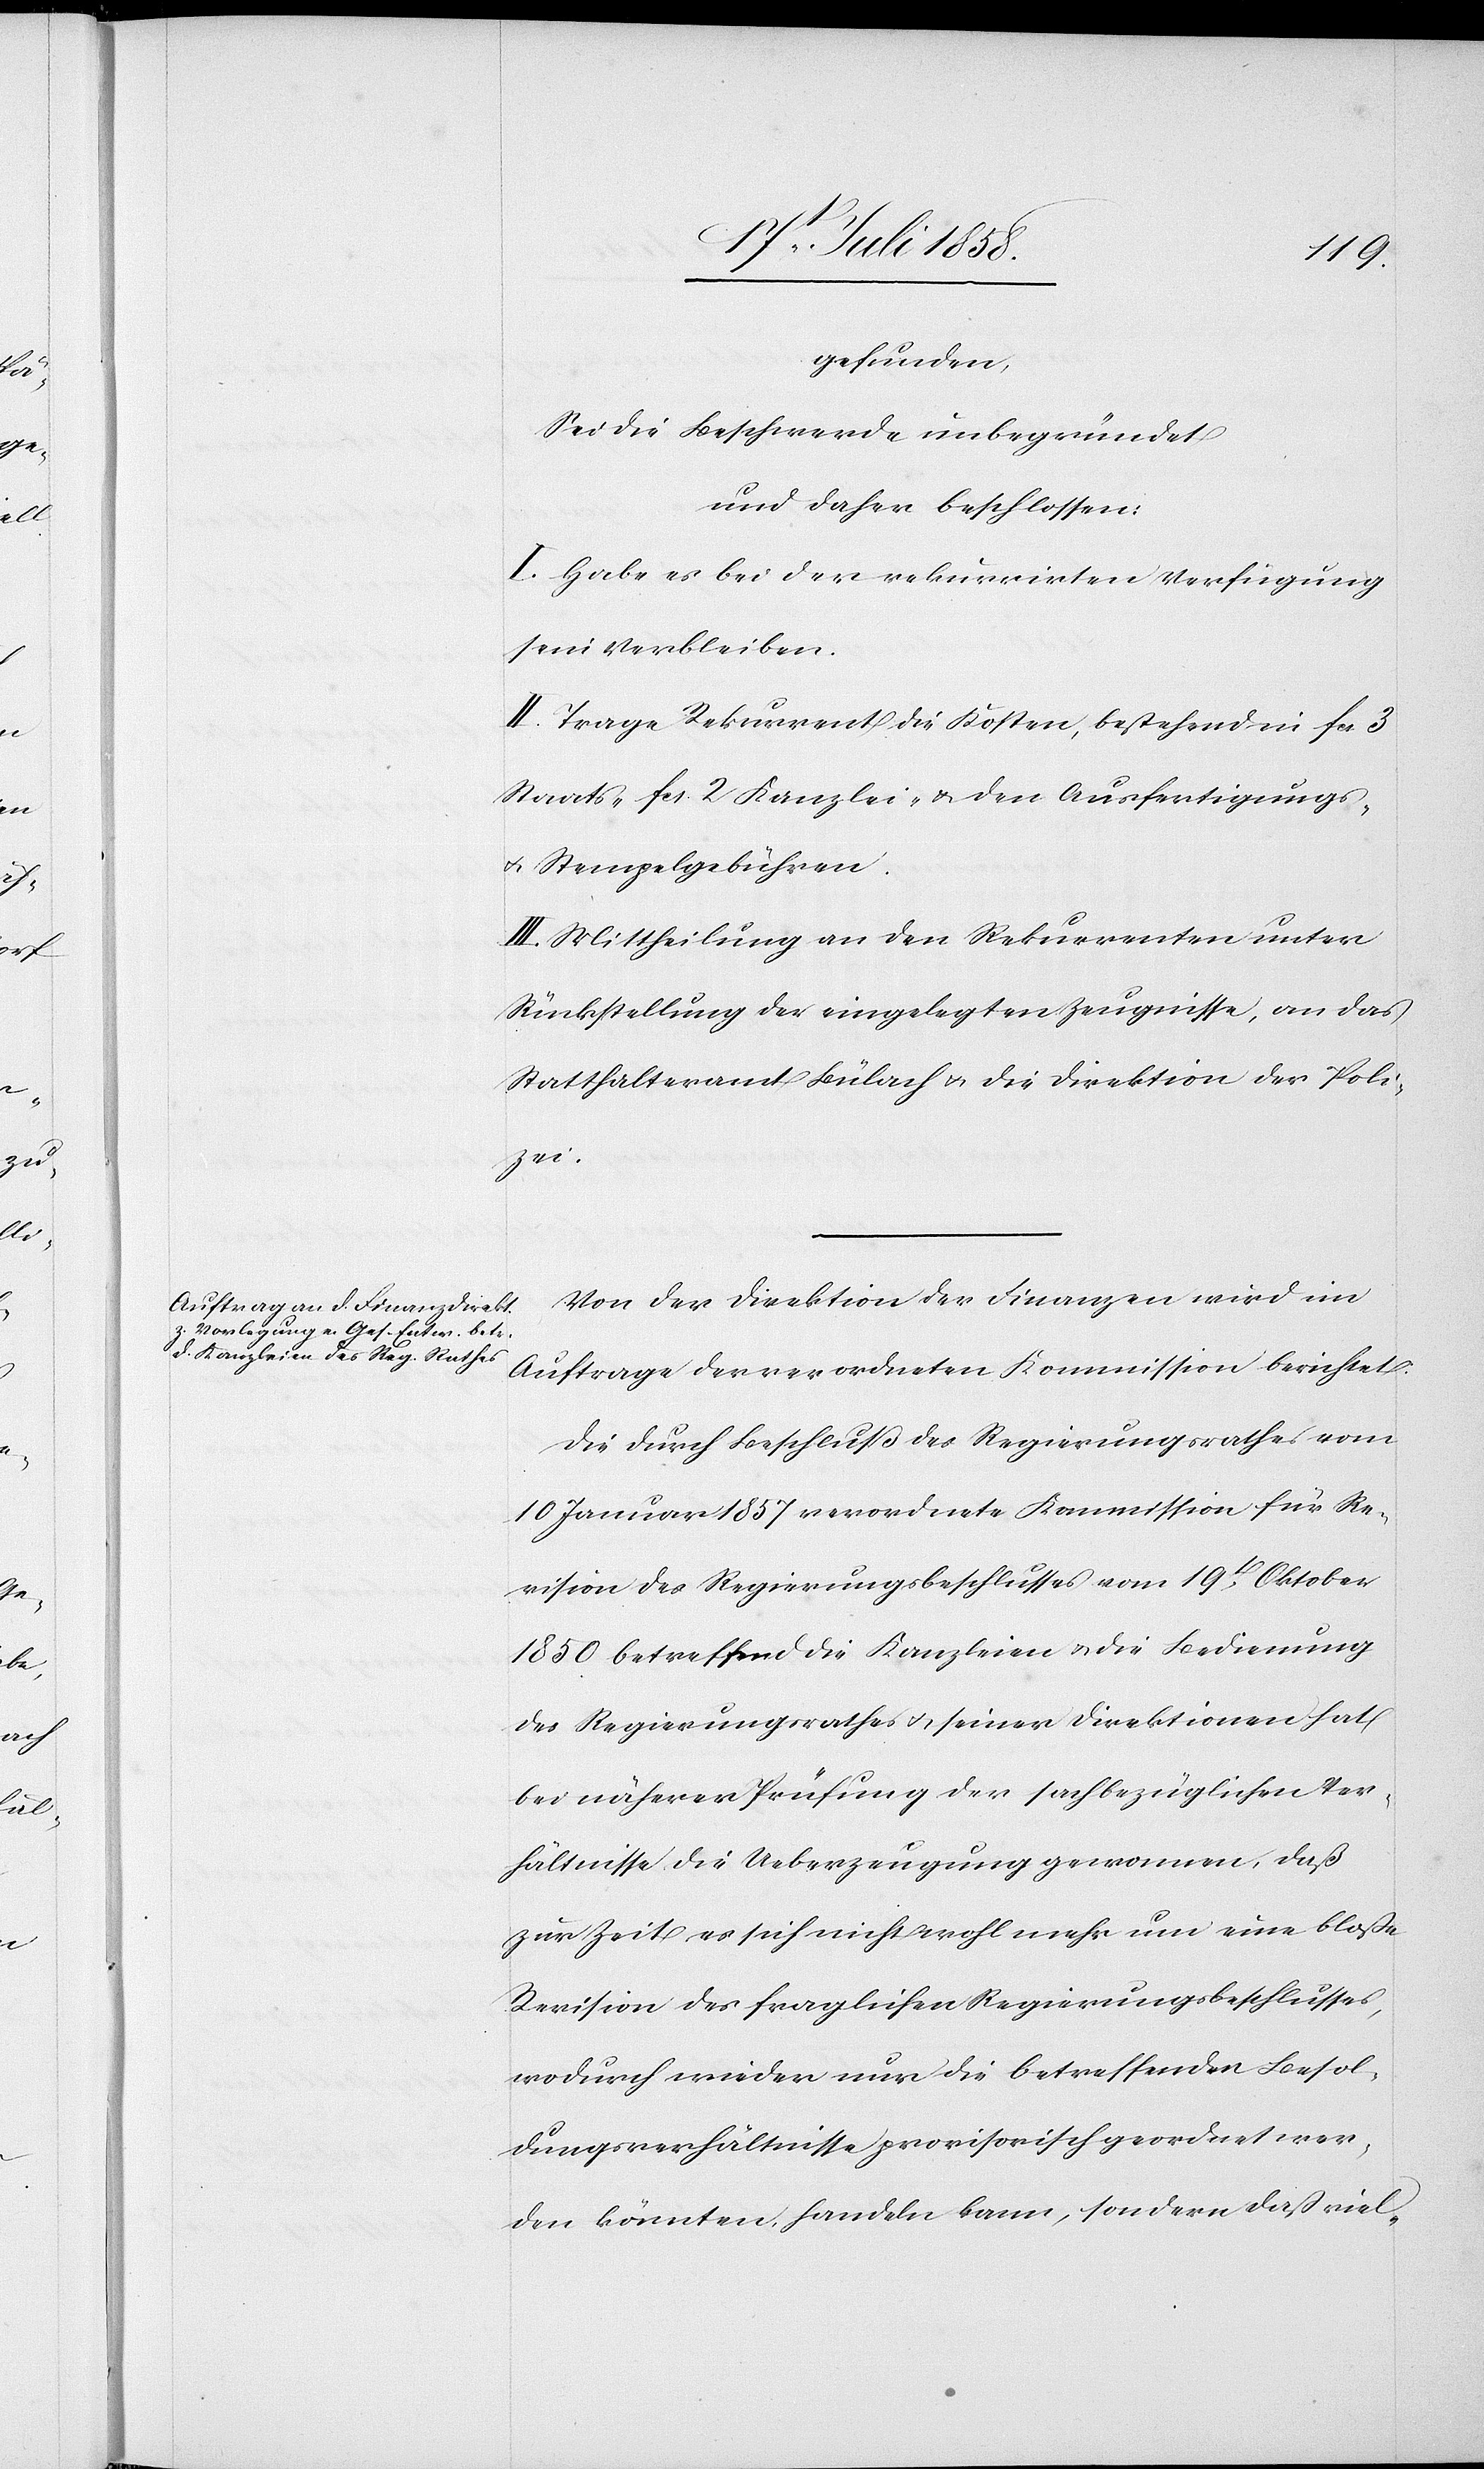
gefunden,
Sei die Beschwerde unbegründet
und daher beschlossen:
I. Habe es bei der rekurrirten Verfügung
sein Verbleiben.
II. Trage Rekurrent die Kosten, bestehend in Fcs. 3
Staats-[,] Fcs. 2 Kanzlei- & den Ausfertigungs-
& Stempelgebühren.
III. Mittheilung an den Rekurrenten unter
Rückstellung der eingelegten Zeugnisse, an das
Statthalteramt Bülach & die Direktion der Poli¬
zei.
Von der Direktion der Finanzen wird im
Auftrage der verordneten Kommission berichtet:
Die durch Beschluß des Regierungsrathes vom
10 Januar 1857 verordnete Kommission für Re¬
vision des Regierungsbeschlusses vom 19t Oktober
1850 betreffend die Kanzleien & die Bedienung
des Regierungsrathes & seiner Direktionen hat
bei näherer Prüfung der sachbezüglichen Ver¬
hältnisse die Ueberzeugung gewonnen, daß
zur Zeit es sich nicht wohl mehr um eine bloße
Revision des fraglichen Regierungsbeschlusses,
wodurch wieder nur die betreffenden Besol¬
dungsverhältnisse provisorisch geordnet wer¬
den könnten, handeln kann, sondern daß viel-